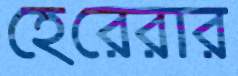
হেরেরার